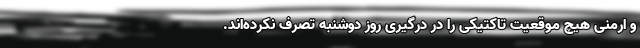
و ارمنی هیچ موقعیت تاکتیکی را در درگیری روز دوشنبه تصرف نکرده‌اند.